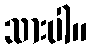
သားပါ။